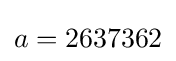
a=2637362